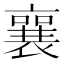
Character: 襄